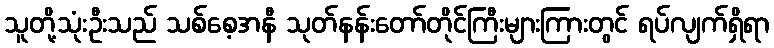
သူတို့သုံးဦးသည် သစ်စေ့အနီ သုတ်နန်းတော်တိုင်ကြီးများကြားတွင် ရပ်လျက်ရှိရာ